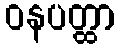
ဝနပတ္ထာ